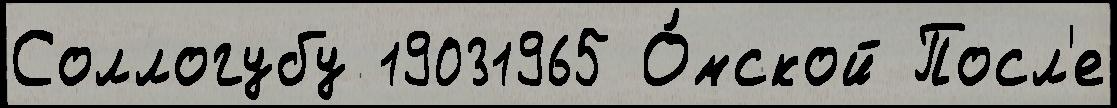
Соллогубу 19031965 О́мской Посл'е